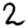
Digit: 2